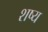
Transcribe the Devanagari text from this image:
शष्य